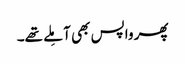
پھر واپس بھی آ مِلے تھے۔